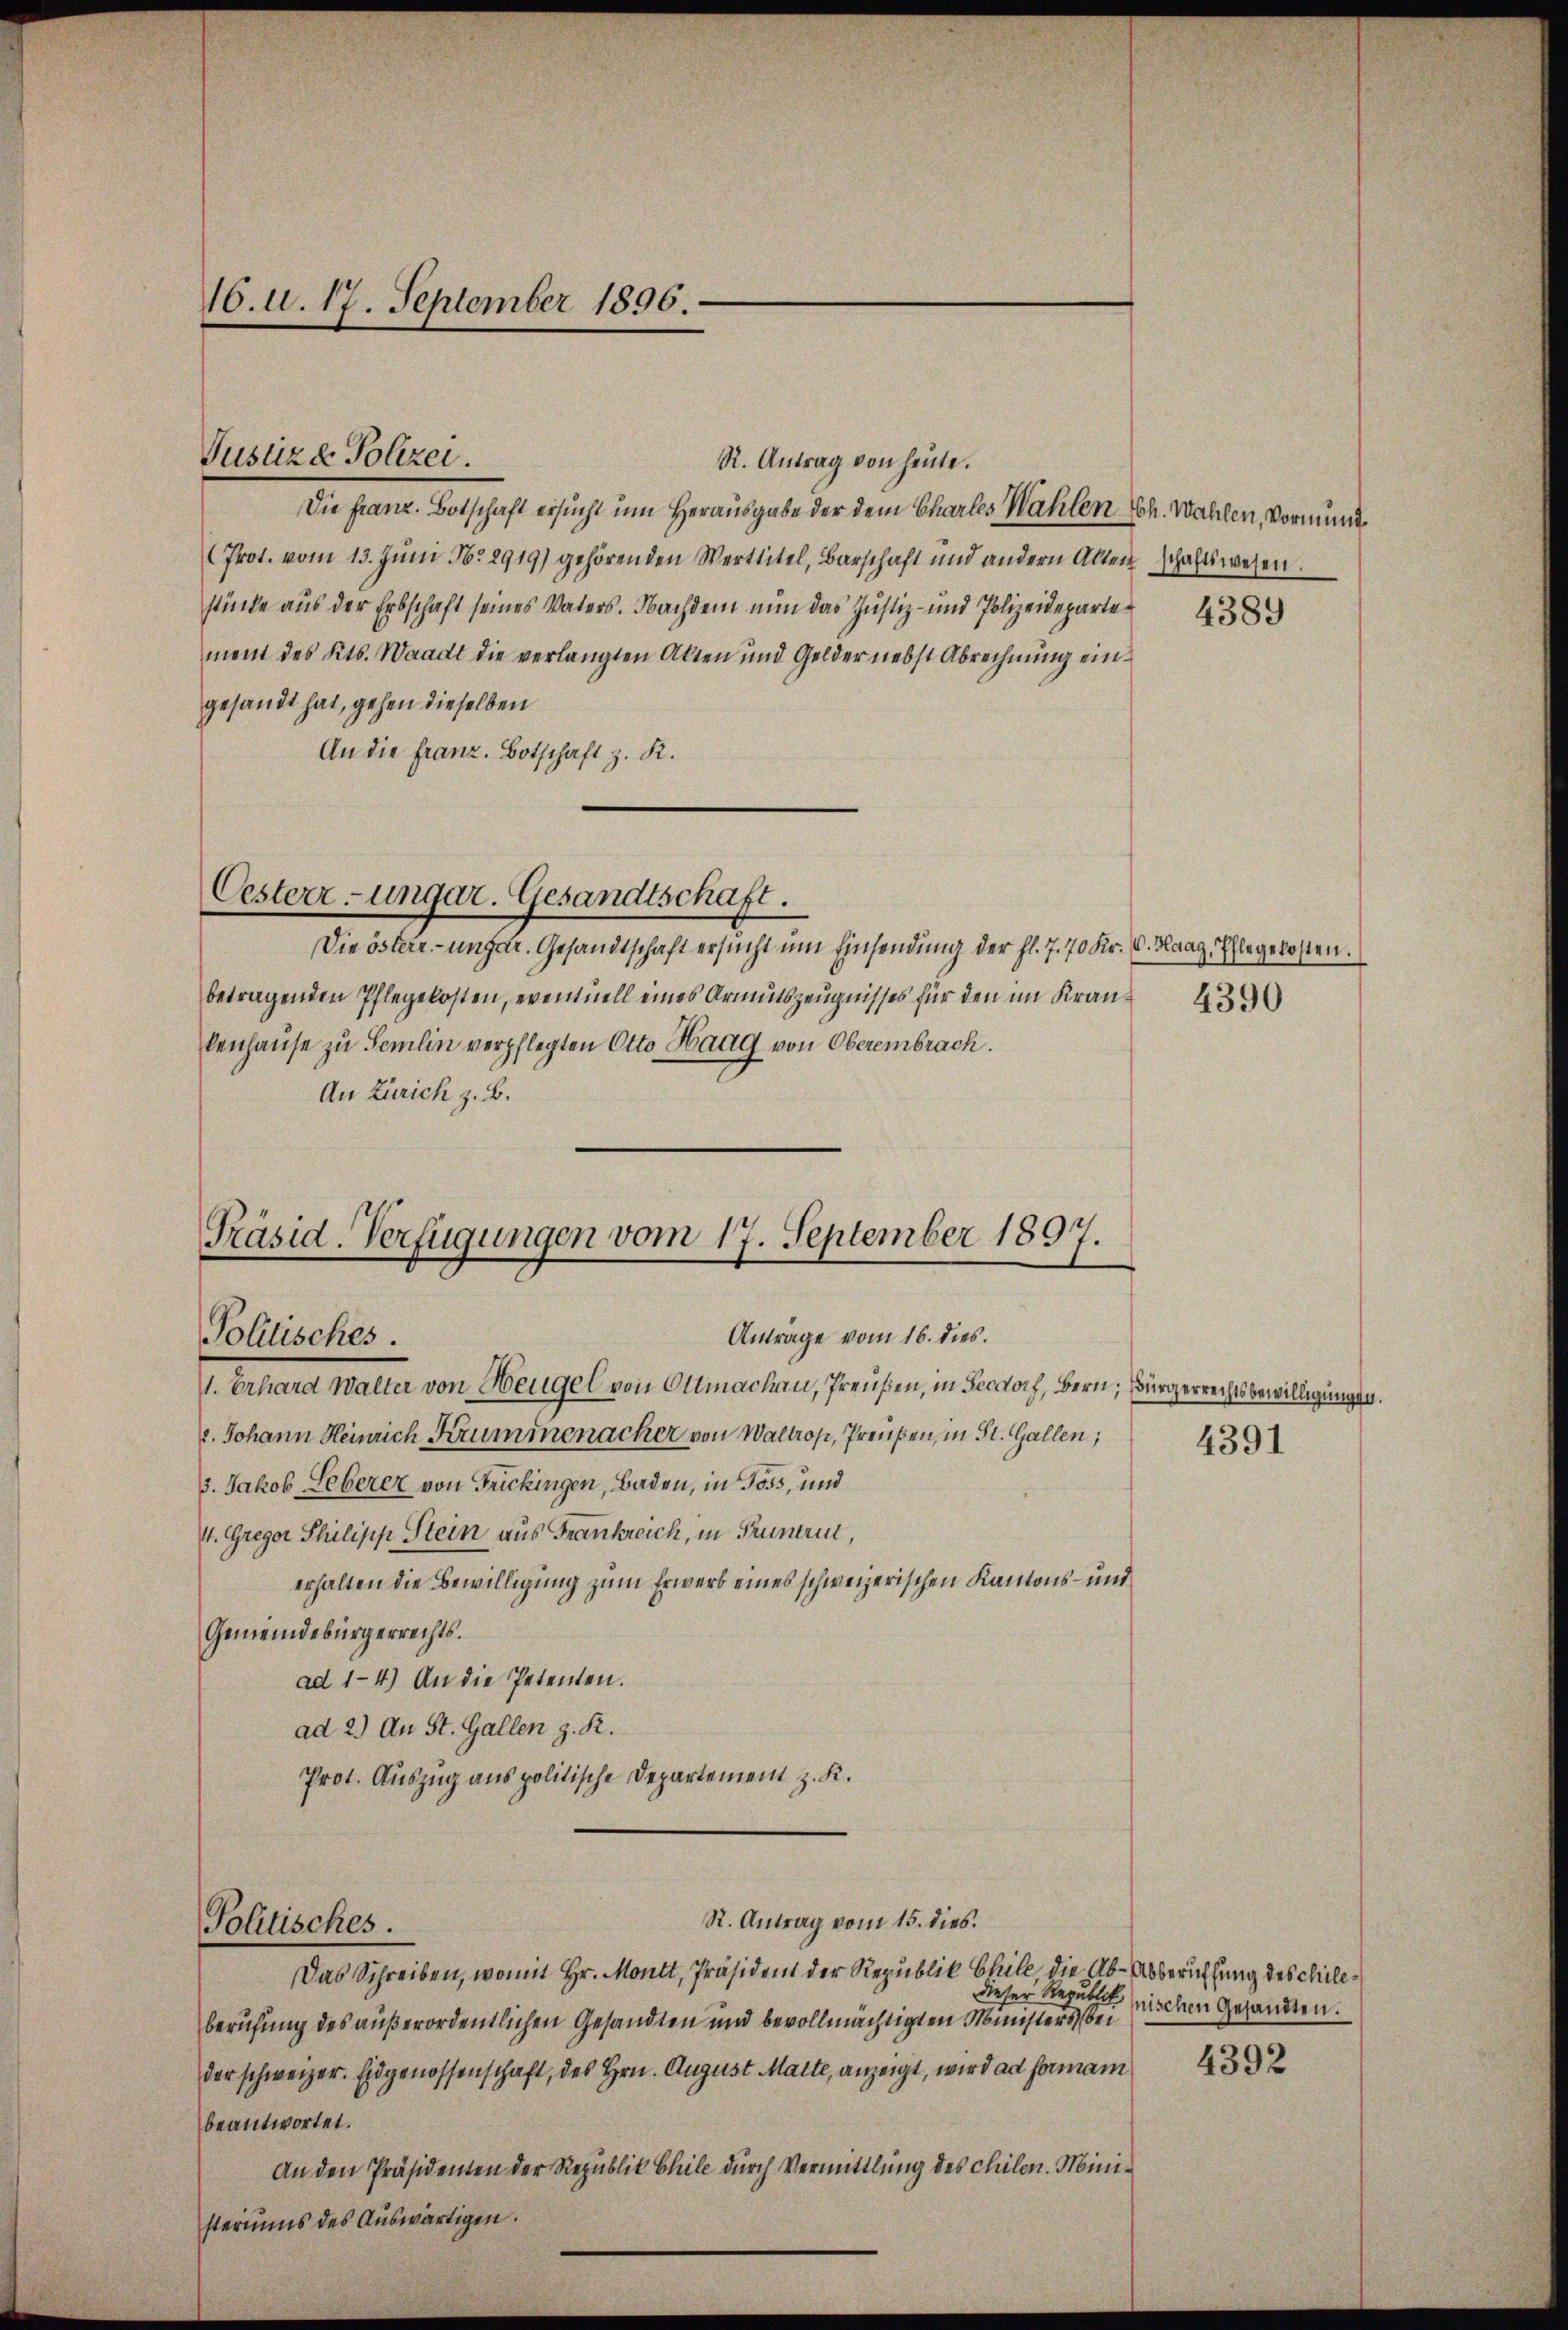
16. d. 17. September 1896.

R. Antrag von heute.
Die Franz. Botschaft ersucht um Herausgabe der dem Charles Wahlen Sch. Wahlen, Vormund
(Prot. vom 13. Jŭni No 2919) gehörenden Werttitel, Barschaft und andern Alten schaftswesen.
stücke aus der Erbschaft seines Vaters. Nachdem nun das Justiz- und Polizeidepartement des Kts. Waadt die verlangten Akten und Gelder nebst Abrechnung eingesandt hat, gehen dieselben
An die Franz. Botschaft z. K.

Justiz & Polizei.

Oesterr-ungar. Gesandtschaft.

Präsid. Verfügungen vom 17. September 1897.
Anträge vom 16. dies.
Politisches.

Die österr.-ungar. Gesandtschaft ersŭcht ŭm Einsendung der fl. 7. 70 Kr. C. Haag Ehlegekosten.
betragenden Pflegekosten, eventuell eines Armutszeugnisses für den im Kranz
kenhaŭse zu Semin verpflegten Otto Haag von Oberembrach.
An Zürich z. B.

1. Erbara Walter von Neugel von Ottmachau, Preußen, in Fecdorf, Bern, Bürgerrechtsbewilligungen.
. Johann Heinrich Krummenacher von Waltros, Preußen, in St. Gallen;
3. Jakob Leberer von Frickingen, Baden, in Toss, und
4. Gregor Philipp Stein aus Frankreich, in Grunerit,
erhalten die Bewilligung zum Erwerb eines schweizerischen Kantons- und
Gemeindebürgerrechts.
ad 1-4.) An die Petenten.
ad 2.) An St. Gallen z. R.
Prot. Auszug aus politische Departement z. K.
St. Antrag vom 15. dies.
Politisches.
Das Schreiben, womit Hr. Montt, Präsident der Republik Chile, die Ab-Abberuffung des chileberufung des außerordentlichen Gesandten und bevollmächtigten Ministers, bei
der schweizer. Eidgenossenschaft, des Hrn. August Matte, anzeigt, wird ad forman
beantwortet.
An den Präsidenten der Republik Chile durch Vermittlung des chilen. Ministeriums des Auswärtigen.

4389

4391

dieser Republik nischen Gesandten.
4392